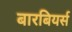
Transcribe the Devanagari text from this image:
बारबियर्स